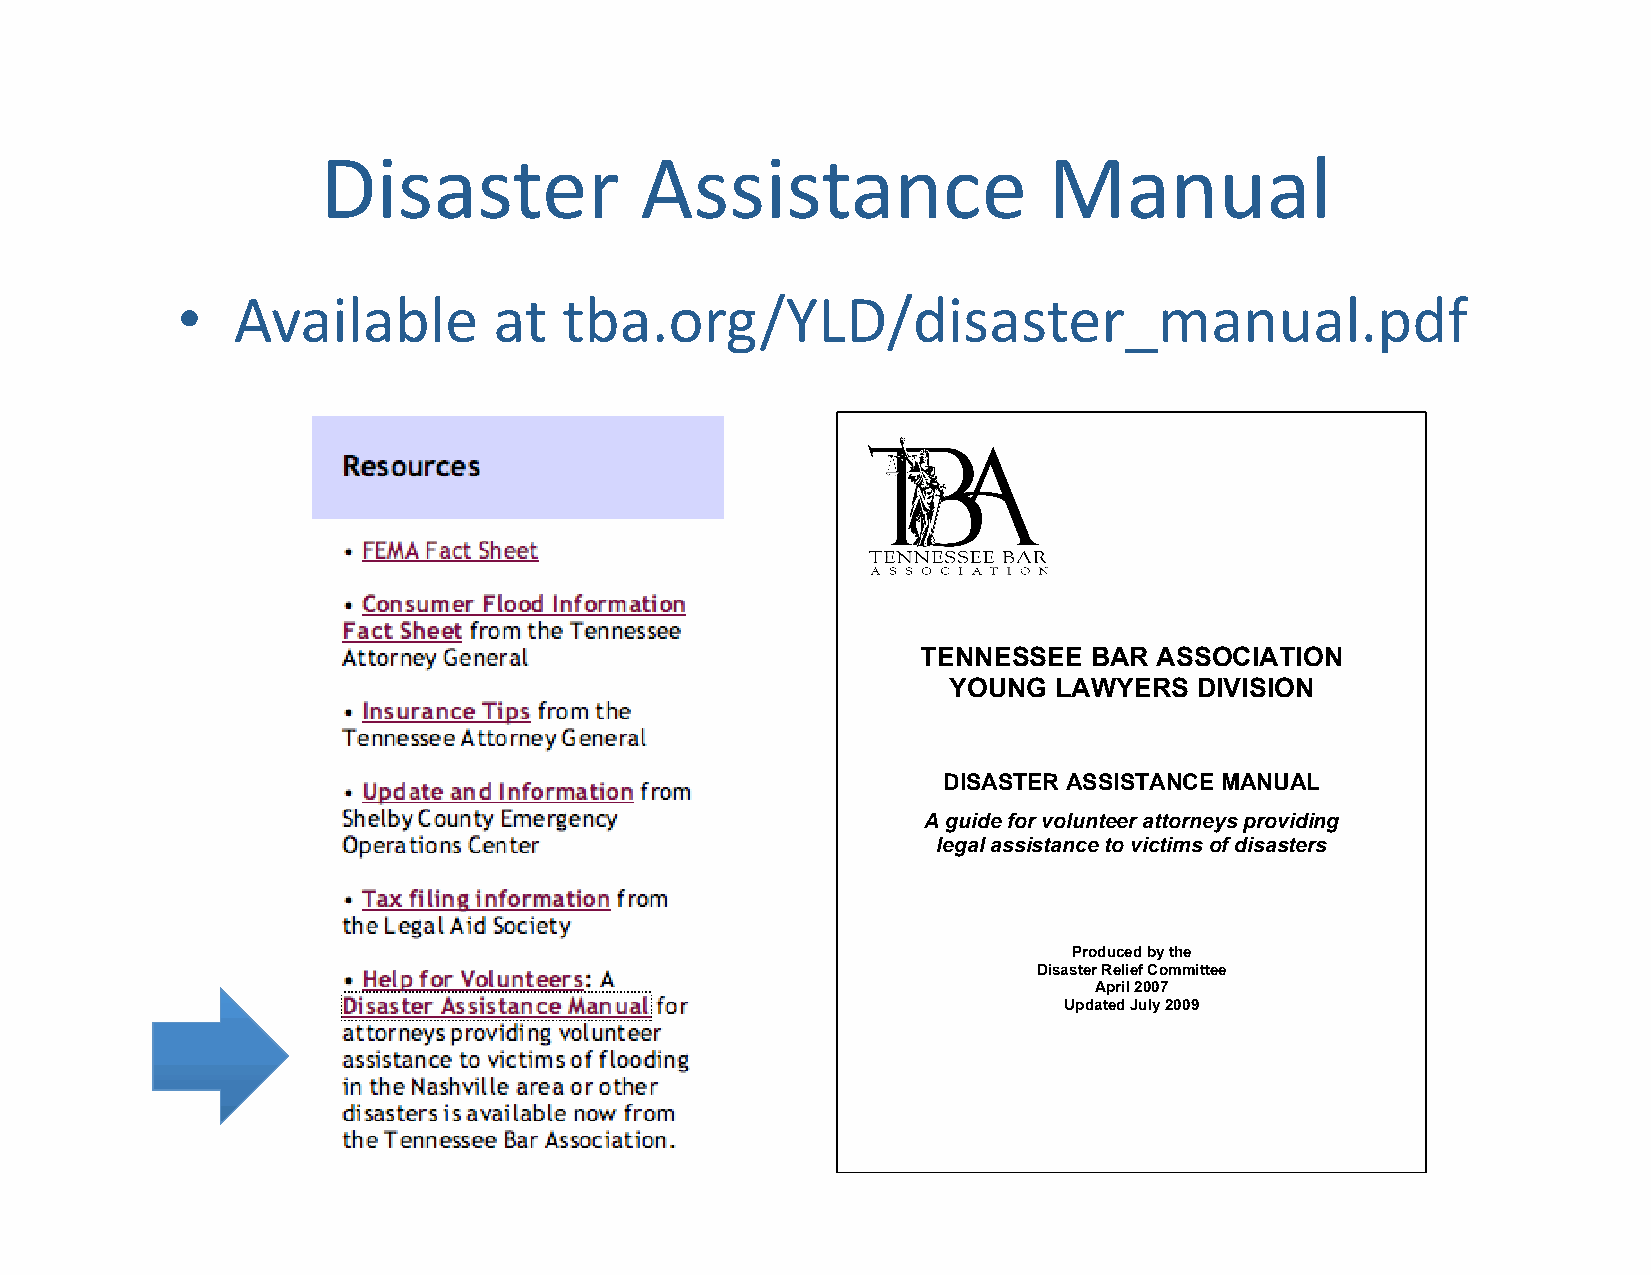
Disaster             Assistance                 Manual
 •  Available         at  tba.org/YLD/disaster_manual.pdf
 TENNESSEE  BAR  ASSOCIATION
 YOUNG  LAWYERS  DIVISION
 DISASTER ASSISTANCE MANUAL
 A guide for volunteer attorneys providing
 legal assistance to victims of disasters
 Produced by the
 Disaster Relief Committee
 April 2007
 Updated July 2009